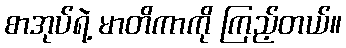
စာအုပ်ရဲ့ မာတိကာကို ကြည့်တယ်။